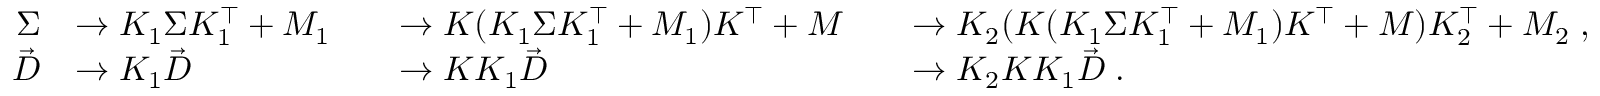
\begin{array} { r l r l r l } { \Sigma } & { \rightarrow K _ { 1 } \Sigma K _ { 1 } ^ { \intercal } + M _ { 1 } } & & { \rightarrow K ( K _ { 1 } \Sigma K _ { 1 } ^ { \intercal } + M _ { 1 } ) K ^ { \intercal } + M } & & { \rightarrow K _ { 2 } ( K ( K _ { 1 } \Sigma K _ { 1 } ^ { \intercal } + M _ { 1 } ) K ^ { \intercal } + M ) K _ { 2 } ^ { \intercal } + M _ { 2 } \; , } \\ { \vec { D } } & { \rightarrow K _ { 1 } \Vec { D } } & & { \rightarrow K K _ { 1 } \Vec { D } } & & { \rightarrow K _ { 2 } K K _ { 1 } \Vec { D } \; . } \end{array}